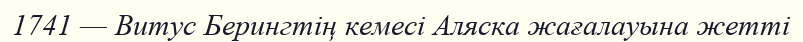
1741 — Витус Берингтің кемесі Аляска жағалауына жетті